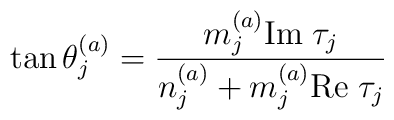
\tan\theta_j^{(a)}={m_j^{(a)}{\rm Im}\;\tau_j\over n_j^{(a)}+m_j^{(a)}{\rm Re}\;\tau_j}